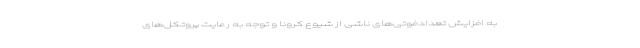
به افزایش تعدادفوتی‌های ناشی از شیوع کرونا و توجه به رعایت پروتکل‌های